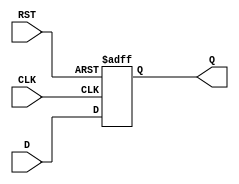
module StoreRegister #(parameter WIDTH = 8) (
    input  wire [WIDTH-1:0] D,     // Data input
    input  wire CLK,                // Clock input
    input  wire RST,                // Asynchronous reset
    output reg  [WIDTH-1:0] Q       // Data output
);

    // Asynchronous reset behavior
    always @ (posedge CLK or posedge RST) begin
        if (RST) begin
            Q <= {WIDTH{1'b0}}; // Reset output to 0
        end else begin
            Q <= D; // Capture input data on clock edge
        end
    end

endmodule